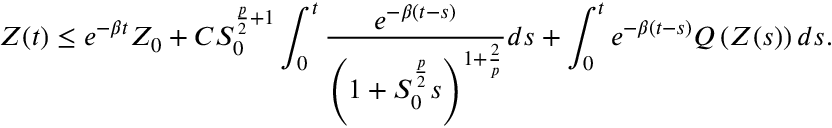
Z ( t ) \le e ^ { - \beta t } Z _ { 0 } + C S _ { 0 } ^ { \frac { p } { 2 } + 1 } \int _ { 0 } ^ { t } \frac { e ^ { - \beta ( t - s ) } } { \left( 1 + S _ { 0 } ^ { \frac { p } { 2 } } s \right) ^ { 1 + \frac { 2 } { p } } } d s + \int _ { 0 } ^ { t } e ^ { - \beta ( t - s ) } Q \left( Z ( s ) \right) d s .